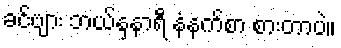
ခင်ဗျား ဘယ်နှနာရီ နံနက်စာ စားတာပဲ။